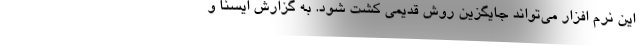
این نرم افزار می‌تواند جایگزین روش قدیمی کشت شود. به گزارش ایسنا و